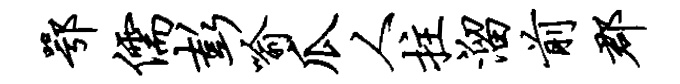
鄂儒彭喻瓜人拄溜前郡